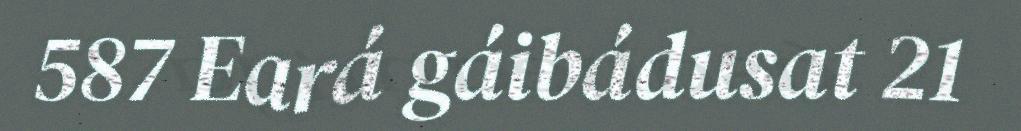
587 Eará gáibádusat 21